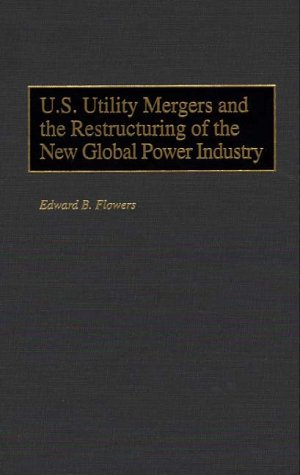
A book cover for U.S. Utility Mergers and the Restructuring of the New Global Power Industry; Edward B. Flowers; Law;